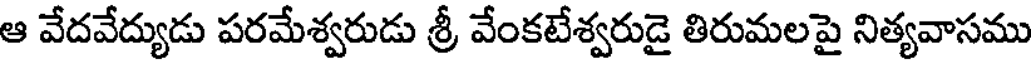
ఆ వేదవేద్యుడు పరమేశ్వరుడు శ్రీ వేంకటేశ్వరుడై తిరుమలపై నిత్యవాసము